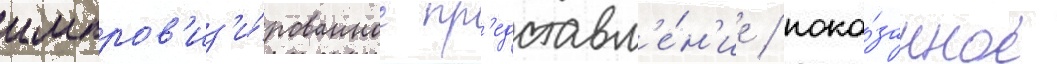
импров'из'и́рованное пр'едставл'е́н'ие / пока́занное